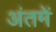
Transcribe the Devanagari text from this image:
अंतमें